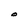
Character: O